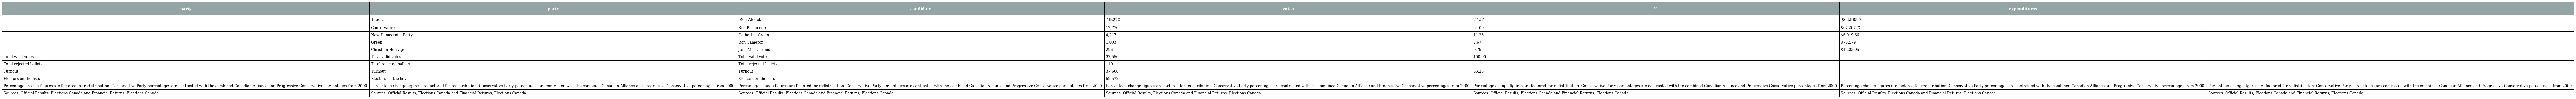
| party | party | candidate | votes | % | expenditures |  |
 | --- | --- | --- | --- | --- | --- | --- |
 |  | Liberal | Reg Alcock | 19,270 | 51.31 | $63,885.73 |  |
 |  | Conservative | Rod Bruinooge | 12,770 | 34.00 | $67,207.73 |  |
 |  | New Democratic Party | Catherine Green | 4,217 | 11.23 | $6,919.66 |  |
 |  | Green | Ron Cameron | 1,003 | 2.67 | $702.79 |  |
 |  | Christian Heritage | Jane MacDiarmid | 296 | 0.79 | $4,202.05 |  |
 | Total valid votes | Total valid votes | Total valid votes | 37,556 | 100.00 |  |  |
 | Total rejected ballots | Total rejected ballots | Total rejected ballots | 110 |  |  |  |
 | Turnout | Turnout | Turnout | 37,666 | 63.23 |  |  |
 | Electors on the lists | Electors on the lists | Electors on the lists | 59,572 |  |  |  |
 | Percentage change figures are factored for redistribution. Conservative Party percentages are contrasted with the combined Canadian Alliance and Progressive Conservative percentages from 2000. | Percentage change figures are factored for redistribution. Conservative Party percentages are contrasted with the combined Canadian Alliance and Progressive Conservative percentages from 2000. | Percentage change figures are factored for redistribution. Conservative Party percentages are contrasted with the combined Canadian Alliance and Progressive Conservative percentages from 2000. | Percentage change figures are factored for redistribution. Conservative Party percentages are contrasted with the combined Canadian Alliance and Progressive Conservative percentages from 2000. | Percentage change figures are factored for redistribution. Conservative Party percentages are contrasted with the combined Canadian Alliance and Progressive Conservative percentages from 2000. | Percentage change figures are factored for redistribution. Conservative Party percentages are contrasted with the combined Canadian Alliance and Progressive Conservative percentages from 2000. | Percentage change figures are factored for redistribution. Conservative Party percentages are contrasted with the combined Canadian Alliance and Progressive Conservative percentages from 2000. |
 | Sources: Official Results, Elections Canada and Financial Returns, Elections Canada. | Sources: Official Results, Elections Canada and Financial Returns, Elections Canada. | Sources: Official Results, Elections Canada and Financial Returns, Elections Canada. | Sources: Official Results, Elections Canada and Financial Returns, Elections Canada. | Sources: Official Results, Elections Canada and Financial Returns, Elections Canada. | Sources: Official Results, Elections Canada and Financial Returns, Elections Canada. | Sources: Official Results, Elections Canada and Financial Returns, Elections Canada. |